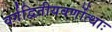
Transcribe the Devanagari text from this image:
वर्गद्वितीयवर्णोत्थाः